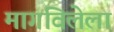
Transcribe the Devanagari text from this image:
मागविलेला